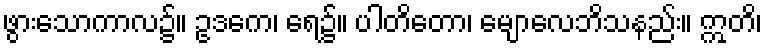
ဖွားသောကာလ၌။ ဥဒကေ၊ ရေ၌။ ပါတိတော၊ မျောလေဘိသနည်း။ ဣတိ၊